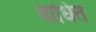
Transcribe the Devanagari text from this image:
वाधित